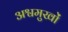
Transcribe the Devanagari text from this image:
अश्वमुखों